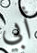
أبي